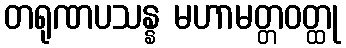
တရုဏပသန္န မဟာမတ္တဝတ္ထု